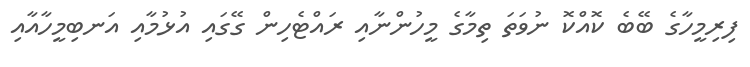
ފިރިމީހާގެ ބޭބެ ކޮއްކޮ ނުވަތަ ތިމާގެ މީހުންނާއި ރައްޓެހިން ގޭގައި އުޅުމާއި އަނބިމީހާއާއި